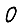
Digit: 0